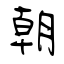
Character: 朝